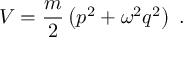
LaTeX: V = { \frac { m } { 2 } } \left( p ^ { 2 } + \omega ^ { 2 } q ^ { 2 } \right) \; .